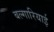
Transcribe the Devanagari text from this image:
बल्गारियाई